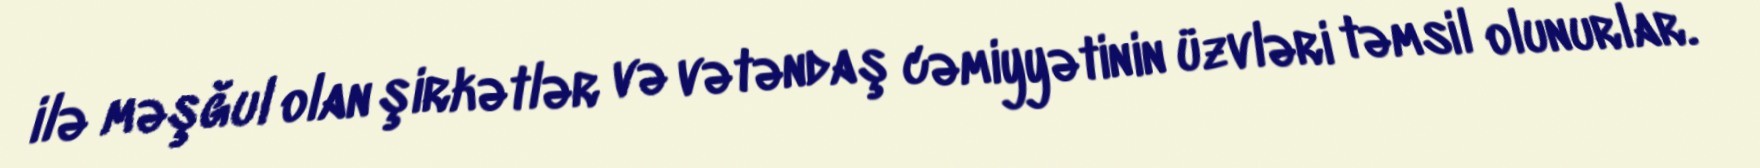
ilə məşğul olan şirkətlər və vətəndaş cəmiyyətinin üzvləri təmsil olunurlar.